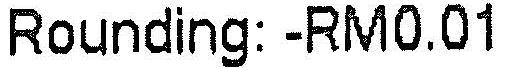
ROUNDING: -RM0.01